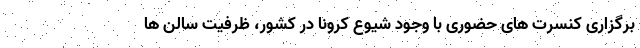
برگزاری کنسرت های حضوری با وجود شیوع کرونا در کشور، ظرفیت سالن ها